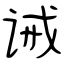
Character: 诫